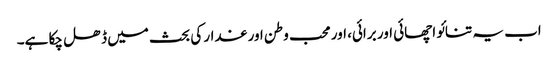
اب یہ تنائو اچھائی اور برائی، اور محب وطن اور غدار کی بحث میں ڈھل چکا ہے۔